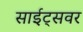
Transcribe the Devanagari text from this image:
साईट्सवर